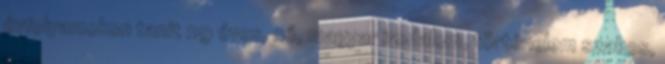
évfolyamokon tanít 29 éves, nő, magyar irodalom, történelem szakos,